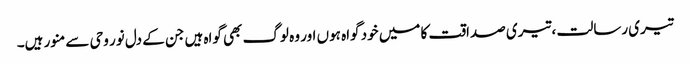
تیری رسالت ، تیری صداقت کا میں خود گواہ ہوں اور وہ لوگ بھی گواہ ہیں جن کے دل نور وحی سے منور ہیں۔